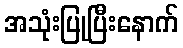
အသုံးပြုပြီးနောက်